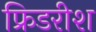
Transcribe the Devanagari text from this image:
फ्रिडरीश